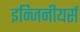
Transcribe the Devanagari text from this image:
इन्जिनीयर्स